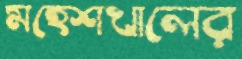
মহেশখালের